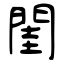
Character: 閨